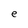
Character: e